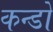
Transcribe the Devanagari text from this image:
कन्डो